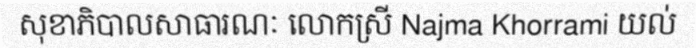
សុខាភិបាលសាធារណៈ លោកស្រី Najma Khorrami យល់